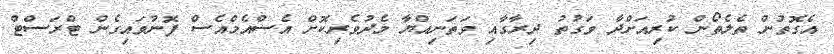
އެގޮތުން ތެލެތޯން ކުރިއަށްދާ ވަގުތު ދިރާގާއި ވަތަނިއްޔާ މެދުވެރިކޮށް އެސްއެމްއެސް ފޮނުވައިގެން ޓްރަސްޓް